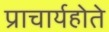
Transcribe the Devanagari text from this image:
प्राचार्यहोते